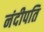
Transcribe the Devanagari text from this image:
नंदीपति